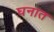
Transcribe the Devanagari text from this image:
घनात